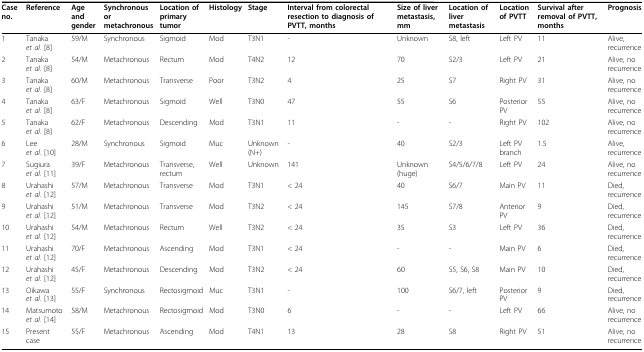
<table><thead><tr><td><b>Case no.</b></td><td><b>Reference</b></td><td><b>Age and gender</b></td><td><b>Synchronous or metachronous</b></td><td><b>Location of primary tumor</b></td><td><b>Histology</b></td><td><b>Stage</b></td><td><b>Interval from colorectal resection to diagnosis of PVTT, months</b></td><td><b>Size of liver metastasis, mm</b></td><td><b>Location of liver metastasis</b></td><td><b>Location of PVTT</b></td><td><b>Survival after removal of PVTT, months</b></td><td><b>Prognosis</b></td></tr></thead><tbody><tr><td>1</td><td>Tanaka <i>et al. </i>[8]</td><td>59/M</td><td>Synchronous</td><td>Sigmoid</td><td>Mod</td><td>T3N1</td><td>-</td><td>Unknown</td><td>S8, left</td><td>Left PV</td><td>11</td><td>Alive, recurrence</td></tr><tr><td>2</td><td>Tanaka <i>et al. </i>[8]</td><td>54/M</td><td>Metachronous</td><td>Rectum</td><td>Mod</td><td>T4N2</td><td>12</td><td>70</td><td>S2/3</td><td>Left PV</td><td>21</td><td>Alive, no recurrence</td></tr><tr><td>3</td><td>Tanaka <i>et al. </i>[8]</td><td>60/M</td><td>Metachronous</td><td>Transverse</td><td>Poor</td><td>T3N2</td><td>4</td><td>25</td><td>S7</td><td>Right PV</td><td>31</td><td>Alive, no recurrence</td></tr><tr><td>4</td><td>Tanaka <i>et al. </i>[8]</td><td>63/F</td><td>Metachronous</td><td>Sigmoid</td><td>Well</td><td>T3N0</td><td>47</td><td>55</td><td>S6</td><td>Posterior PV</td><td>55</td><td>Alive, no recurrence</td></tr><tr><td>5</td><td>Tanaka <i>et al. </i>[8]</td><td>62/F</td><td>Metachronous</td><td>Descending</td><td>Mod</td><td>T3N1</td><td>11</td><td>-</td><td>-</td><td>Right PV</td><td>102</td><td>Alive, no recurrence</td></tr><tr><td>6</td><td>Lee <i>et al. </i>[10]</td><td>28/M</td><td>Synchronous</td><td>Sigmoid</td><td>Muc</td><td>Unknown (N+)</td><td>-</td><td>40</td><td>S2/3</td><td>Left PV branch</td><td>1.5</td><td>Alive, recurrence</td></tr><tr><td>7</td><td>Sugiura <i>et al. </i>[11]</td><td>39/F</td><td>Metachronous</td><td>Transverse, rectum</td><td>Well</td><td>Unknown</td><td>141</td><td>Unknown (huge)</td><td>S4/5/6/7/8</td><td>Left PV</td><td>24</td><td>Alive, no recurrence</td></tr><tr><td>8</td><td>Urahashi <i>et al. </i>[12]</td><td>57/M</td><td>Metachronous</td><td>Transverse</td><td>Mod</td><td>T3N1</td><td>&lt; 24</td><td>40</td><td>S6/7</td><td>Main PV</td><td>11</td><td>Died, recurrence</td></tr><tr><td>9</td><td>Urahashi <i>et al. </i>[12]</td><td>51/M</td><td>Metachronous</td><td>Transverse</td><td>Mod</td><td>T3N2</td><td>&lt; 24</td><td>145</td><td>S7/8</td><td>Anterior PV</td><td>9</td><td>Died, recurrence</td></tr><tr><td>10</td><td>Urahashi <i>et al. </i>[12]</td><td>54/M</td><td>Metachronous</td><td>Rectum</td><td>Well</td><td>T3N2</td><td>&lt; 24</td><td>35</td><td>S3</td><td>Left PV</td><td>36</td><td>Died, recurrence</td></tr><tr><td>11</td><td>Urahashi <i>et al. </i>[12]</td><td>70/F</td><td>Metachronous</td><td>Ascending</td><td>Mod</td><td>T3N1</td><td>&lt; 24</td><td>-</td><td>-</td><td>Main PV</td><td>6</td><td>Died, recurrence</td></tr><tr><td>12</td><td>Urahashi <i>et al. </i>[12]</td><td>45/F</td><td>Metachronous</td><td>Descending</td><td>Mod</td><td>T3N2</td><td>&lt; 24</td><td>60</td><td>S5, S6, S8</td><td>Main PV</td><td>10</td><td>Died, recurrence</td></tr><tr><td>13</td><td>Oikawa <i>et al. </i>[13]</td><td>55/F</td><td>Synchronous</td><td>Rectosigmoid</td><td>Muc</td><td>T3N1</td><td>-</td><td>100</td><td>S6/7, left</td><td>Posterior PV</td><td>9</td><td>Died, recurrence</td></tr><tr><td>14</td><td>Matsumoto <i>et al. </i>[14]</td><td>58/M</td><td>Metachronous</td><td>Rectosigmoid</td><td>Mod</td><td>T3N0</td><td>6</td><td>-</td><td>-</td><td>Left PV</td><td>66</td><td>Alive, no recurrence</td></tr><tr><td>15</td><td>Present case</td><td>55/F</td><td>Metachronous</td><td>Ascending</td><td>Mod</td><td>T4N1</td><td>13</td><td>28</td><td>S8</td><td>Right PV</td><td>51</td><td>Alive, no recurrence</td></tr></tbody></table>